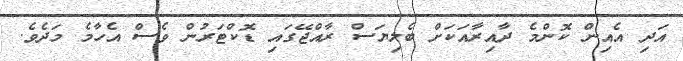
އަދި އެއިން ކޮންމެ ދާއިރާއަކަށް ބެލިޔަސް ރާއްޖޭގައި ޑޮކްޓަރުން ވެސް އެހާމެ މަދެވެ.